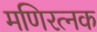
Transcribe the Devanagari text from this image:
मणिरत्‍नक